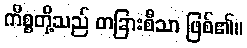
ကိစ္စတို့သည် တခြားစီသာ ဖြစ်၏။